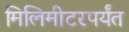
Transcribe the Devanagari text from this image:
मिलिमीटरपर्यंत